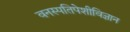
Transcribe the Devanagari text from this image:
वनस्पतिपेशीविज्ञान